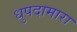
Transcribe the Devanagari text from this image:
धुपदामारा